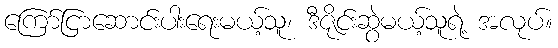
ကြော်ငြာဆောင်းပါးရေးမယ့်သူ၊ ဒီဇိုင်းဆွဲမယ့်သူရဲ့ အလုပ်။